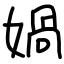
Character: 媧